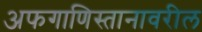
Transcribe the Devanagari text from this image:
अफगाणिस्तानावरील